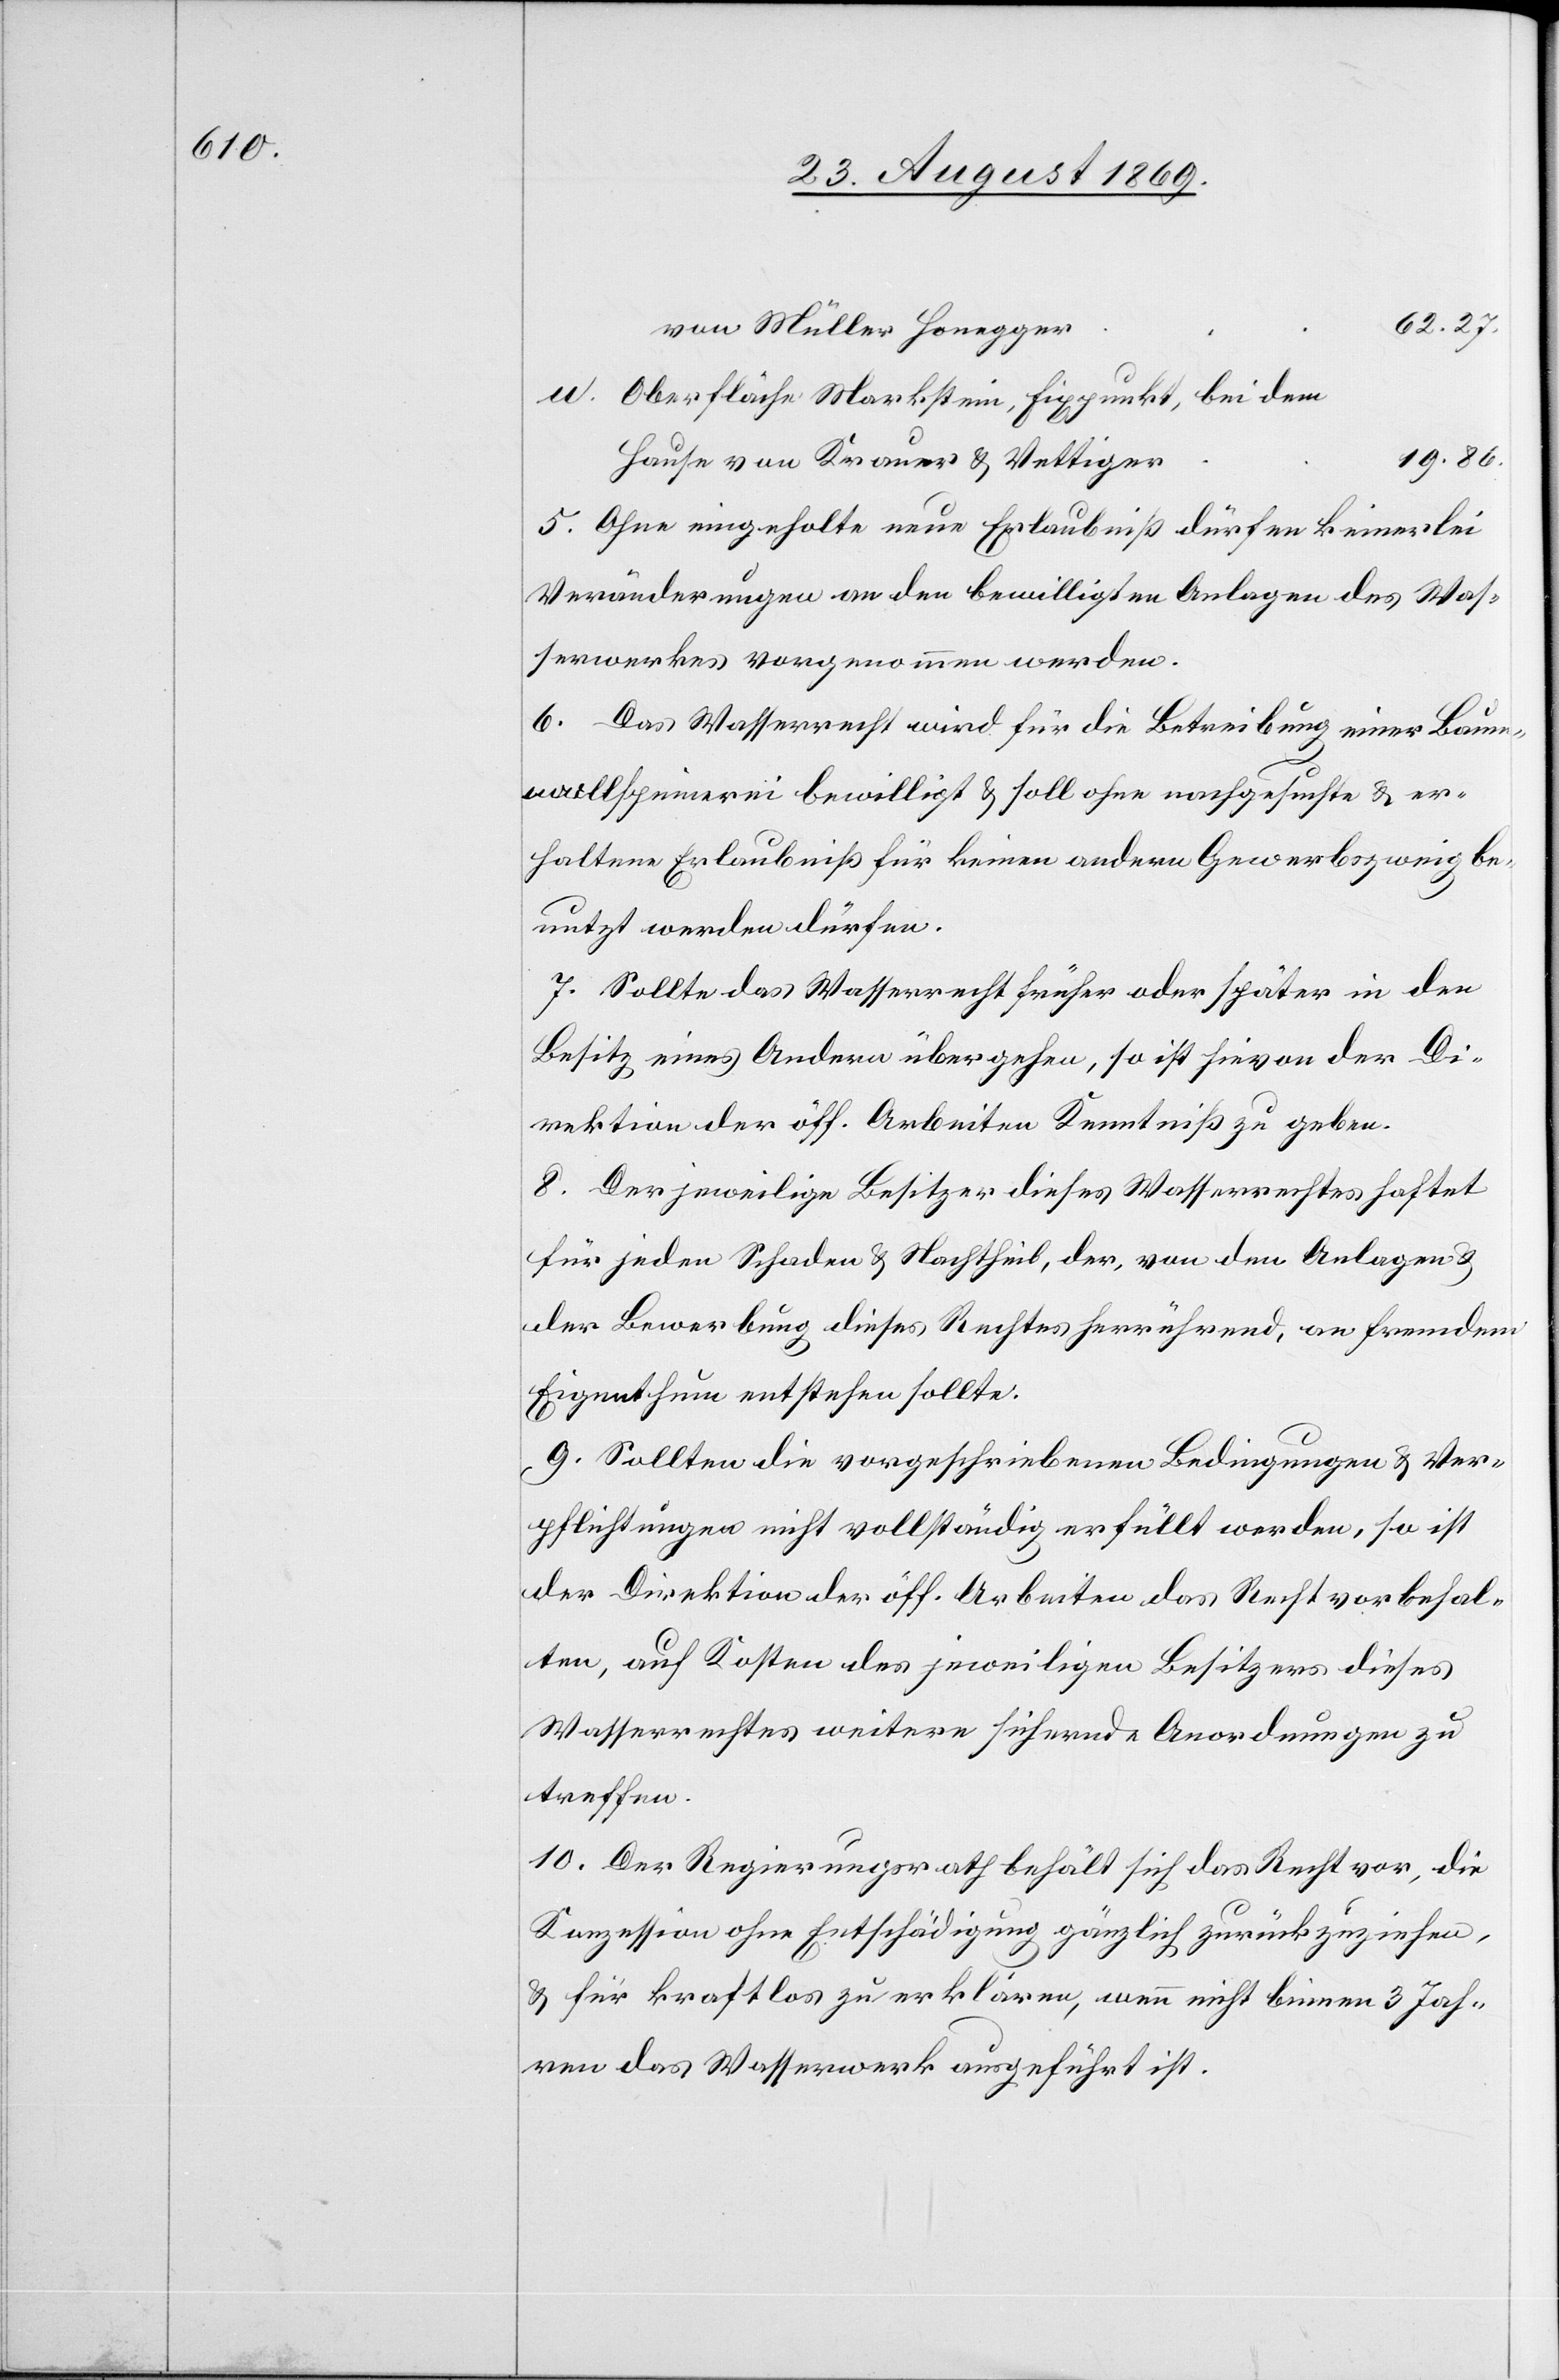
62.27.
von Müller Honegger
Oberfläche Markstein, Fixpunkt, bei dem
19.86.
Hause von Krauer & Vettiger
5. Ohne eingeholte neue Erlaubniß dürfen keinerlei
Veränderungen an den bewilligten Anlagen des Was¬
serwerkes vorgenommen werden.
6. Das Wasserrecht wird für die Betreibung einer Baum¬
wollspinnerei bewilligt & soll ohne nachgesuchte & er¬
haltene Erlaubniß für keinen andern Gewerbszweig be¬
nutzt werden dürfen.
7. Sollte das Wasserrecht früher oder später in den
Besitz eines Andern übergehen, so ist hievon der Di¬
rektion der öff. Arbeiten Kenntniß zu geben.
8. Der jeweilige Besitzer dieses Wasserrechtes haftet
für jeden Schaden & Nachtheil, der, von den Anlagen &
der Bewerbung dieses Rechtes herrührend, an fremdem
Eigenthum entstehen sollte.
9. Sollten die vorgeschriebenen Bedingungen & Ver¬
pflichtungen nicht vollständig erfüllt werden, so ist
der Direktion der öff. Arbeiten das Recht vorbehal¬
ten, auf Kosten des jeweiligen Besitzers dieses
Wasserrechtes weitere sichernde Anordnungen zu
treffen.
10. Der Regierungsrath behält sich das Recht vor, die
Konzession ohne Entschädigung gänzlich zurückzuziehen,
u.
& für kraftlos zu erklären, wenn nicht binnen 3 Jah¬
ren das Wasserwerk aufgeführt ist.